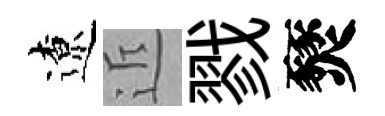
遼近戮燹